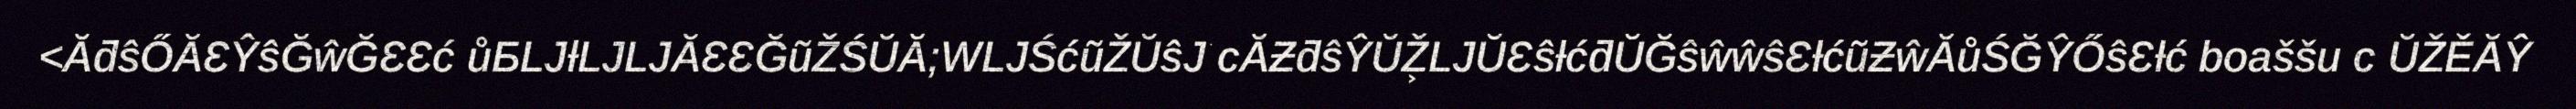
<ĂƌŝŐĂƐŶŝĞŵĞƐƐć ůƂǇƚǇǇĂƐƐĞũŽŚŬĂ;WǇŚćũŽŬŝͿ͘ сĂƵƌŝŶŬŽ͕ǇŬƐŝƚćƌŬĞŝŵŵŝƐƚćũƵŵĂůŚĞŶŐŝƐƚć boaššu с ŬŽĚĂŶ